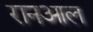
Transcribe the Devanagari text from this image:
रानआल